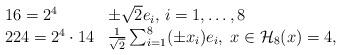
LaTeX: \begin{align*}\begin{array}{ll}16 = 2^4 & \pm \sqrt{2} e_i, \, i = 1, \ldots, 8 \\224 = 2^4 \cdot 14 & \frac{1}{\sqrt{2}} \sum_{i=1}^8 (\pm x_i) e_i, \; x \in \mathcal{H}_8 (x) = 4,\end{array}\end{align*}